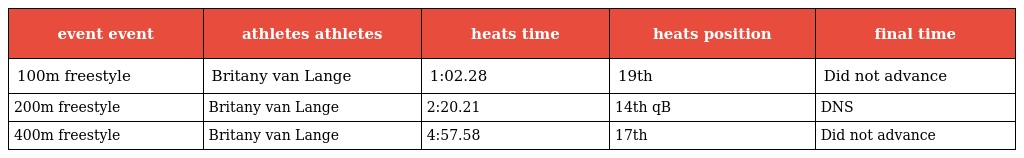
| event event | athletes athletes | heats time | heats position | final time |
 | --- | --- | --- | --- | --- |
 | 100m freestyle | Britany van Lange | 1:02.28 | 19th | Did not advance |
 | 200m freestyle | Britany van Lange | 2:20.21 | 14th qB | DNS |
 | 400m freestyle | Britany van Lange | 4:57.58 | 17th | Did not advance |